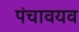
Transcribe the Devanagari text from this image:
पंचावयव